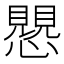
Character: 𧢅